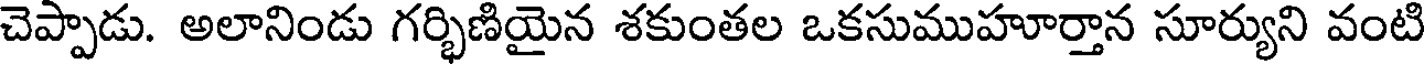
చెప్పాడు. అలానిండు గర్భిణియైన శకుంతల ఒకసుముహూర్తాన సూర్యుని వంటి